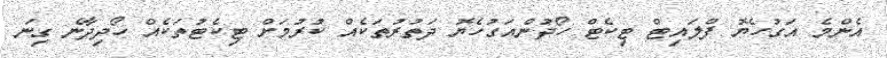
އެންމެެ އަގުހެޔޮ ފްލައިޓް ޓިކެޓް ހޯދުންއަގުހެޔޮ ދަތުރުތަކެއް ކުރުމަށް ޓިކެޓުތަކެއް ހޯދިދާނެ ގިނަ